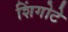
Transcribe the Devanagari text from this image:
शिंगोटे